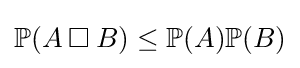
\mathbb {P} (A\mathbin {\square } B)\leq \mathbb {P} (A)\mathbb {P} (B)